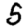
Digit: 5